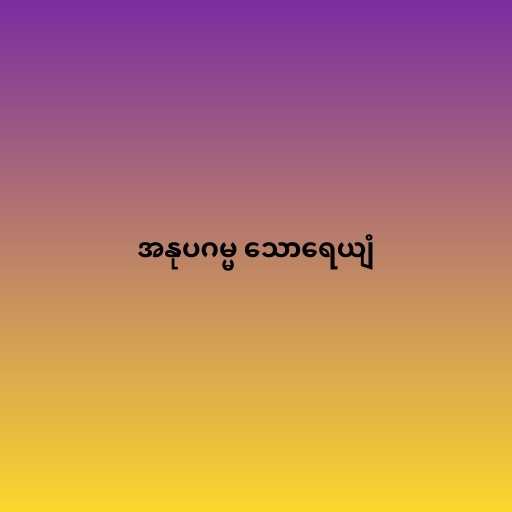
အနုပဂမ္မ သောရေယျံ